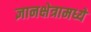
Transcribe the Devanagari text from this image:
ज्ञानक्षेत्रामध्ये